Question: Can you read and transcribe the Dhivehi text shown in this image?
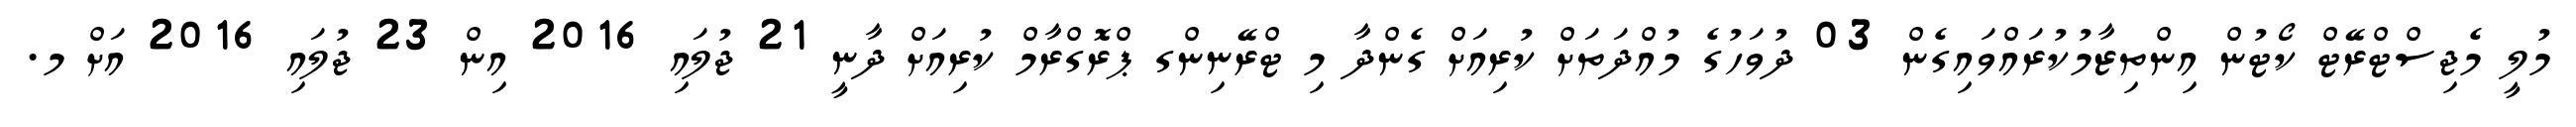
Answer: މުލީ މެޖިސްޓްރޭޓް ކޯޓުން އިންތިޒާމުކުރައްވައިގެން 03 ދުވަހުގެ މުއްދަތަށް ކުރިއަށް ގެންދާ މި ޓްރޭނިންގ ޕްރޮގްރާމް ކުރިއަށް ދާނީ 21 ޖުލައި 2016 އިން 23 ޖުލައި 2016 އަށް މ.